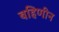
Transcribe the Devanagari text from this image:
बहिणीन